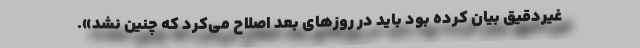
غیردقیق بیان کرده بود باید در روزهای بعد اصلاح می‌کرد که چنین نشد».